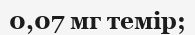
0,07 мг темір;